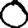
Digit: 0